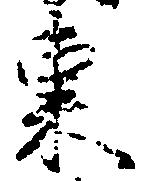
東